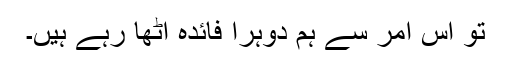
تو اس امر سے ہم دوہرا فائدہ اٹھا رہے ہیں۔